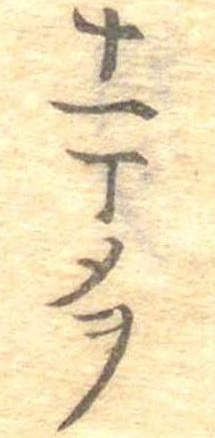
十一丁メヲ